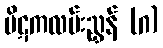
ပိဋကလမ်းညွှန် (ဂ)